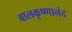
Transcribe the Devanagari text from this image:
बालकृष्णानंद